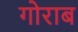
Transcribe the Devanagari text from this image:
गोराब